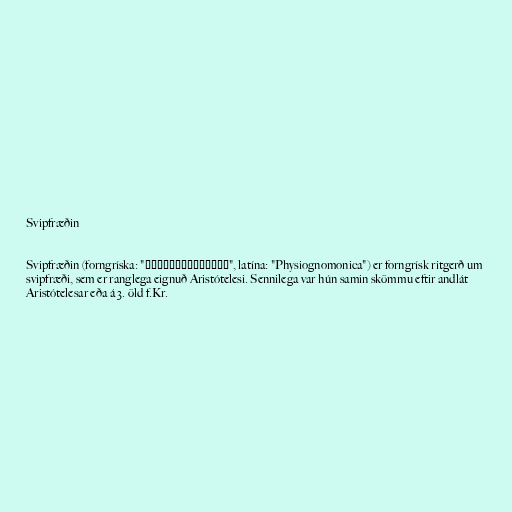
Svipfræðin

Svipfræðin (forngríska: "Φυσιογνωμονικά", latína: "Physiognomonica") er forngrísk ritgerð um
svipfræði, sem er ranglega eignuð Aristótelesi. Sennilega var hún samin skömmu eftir andlát
Aristótelesar eða á 3. öld f.Kr.